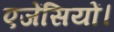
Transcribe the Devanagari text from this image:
एजेंसियों।